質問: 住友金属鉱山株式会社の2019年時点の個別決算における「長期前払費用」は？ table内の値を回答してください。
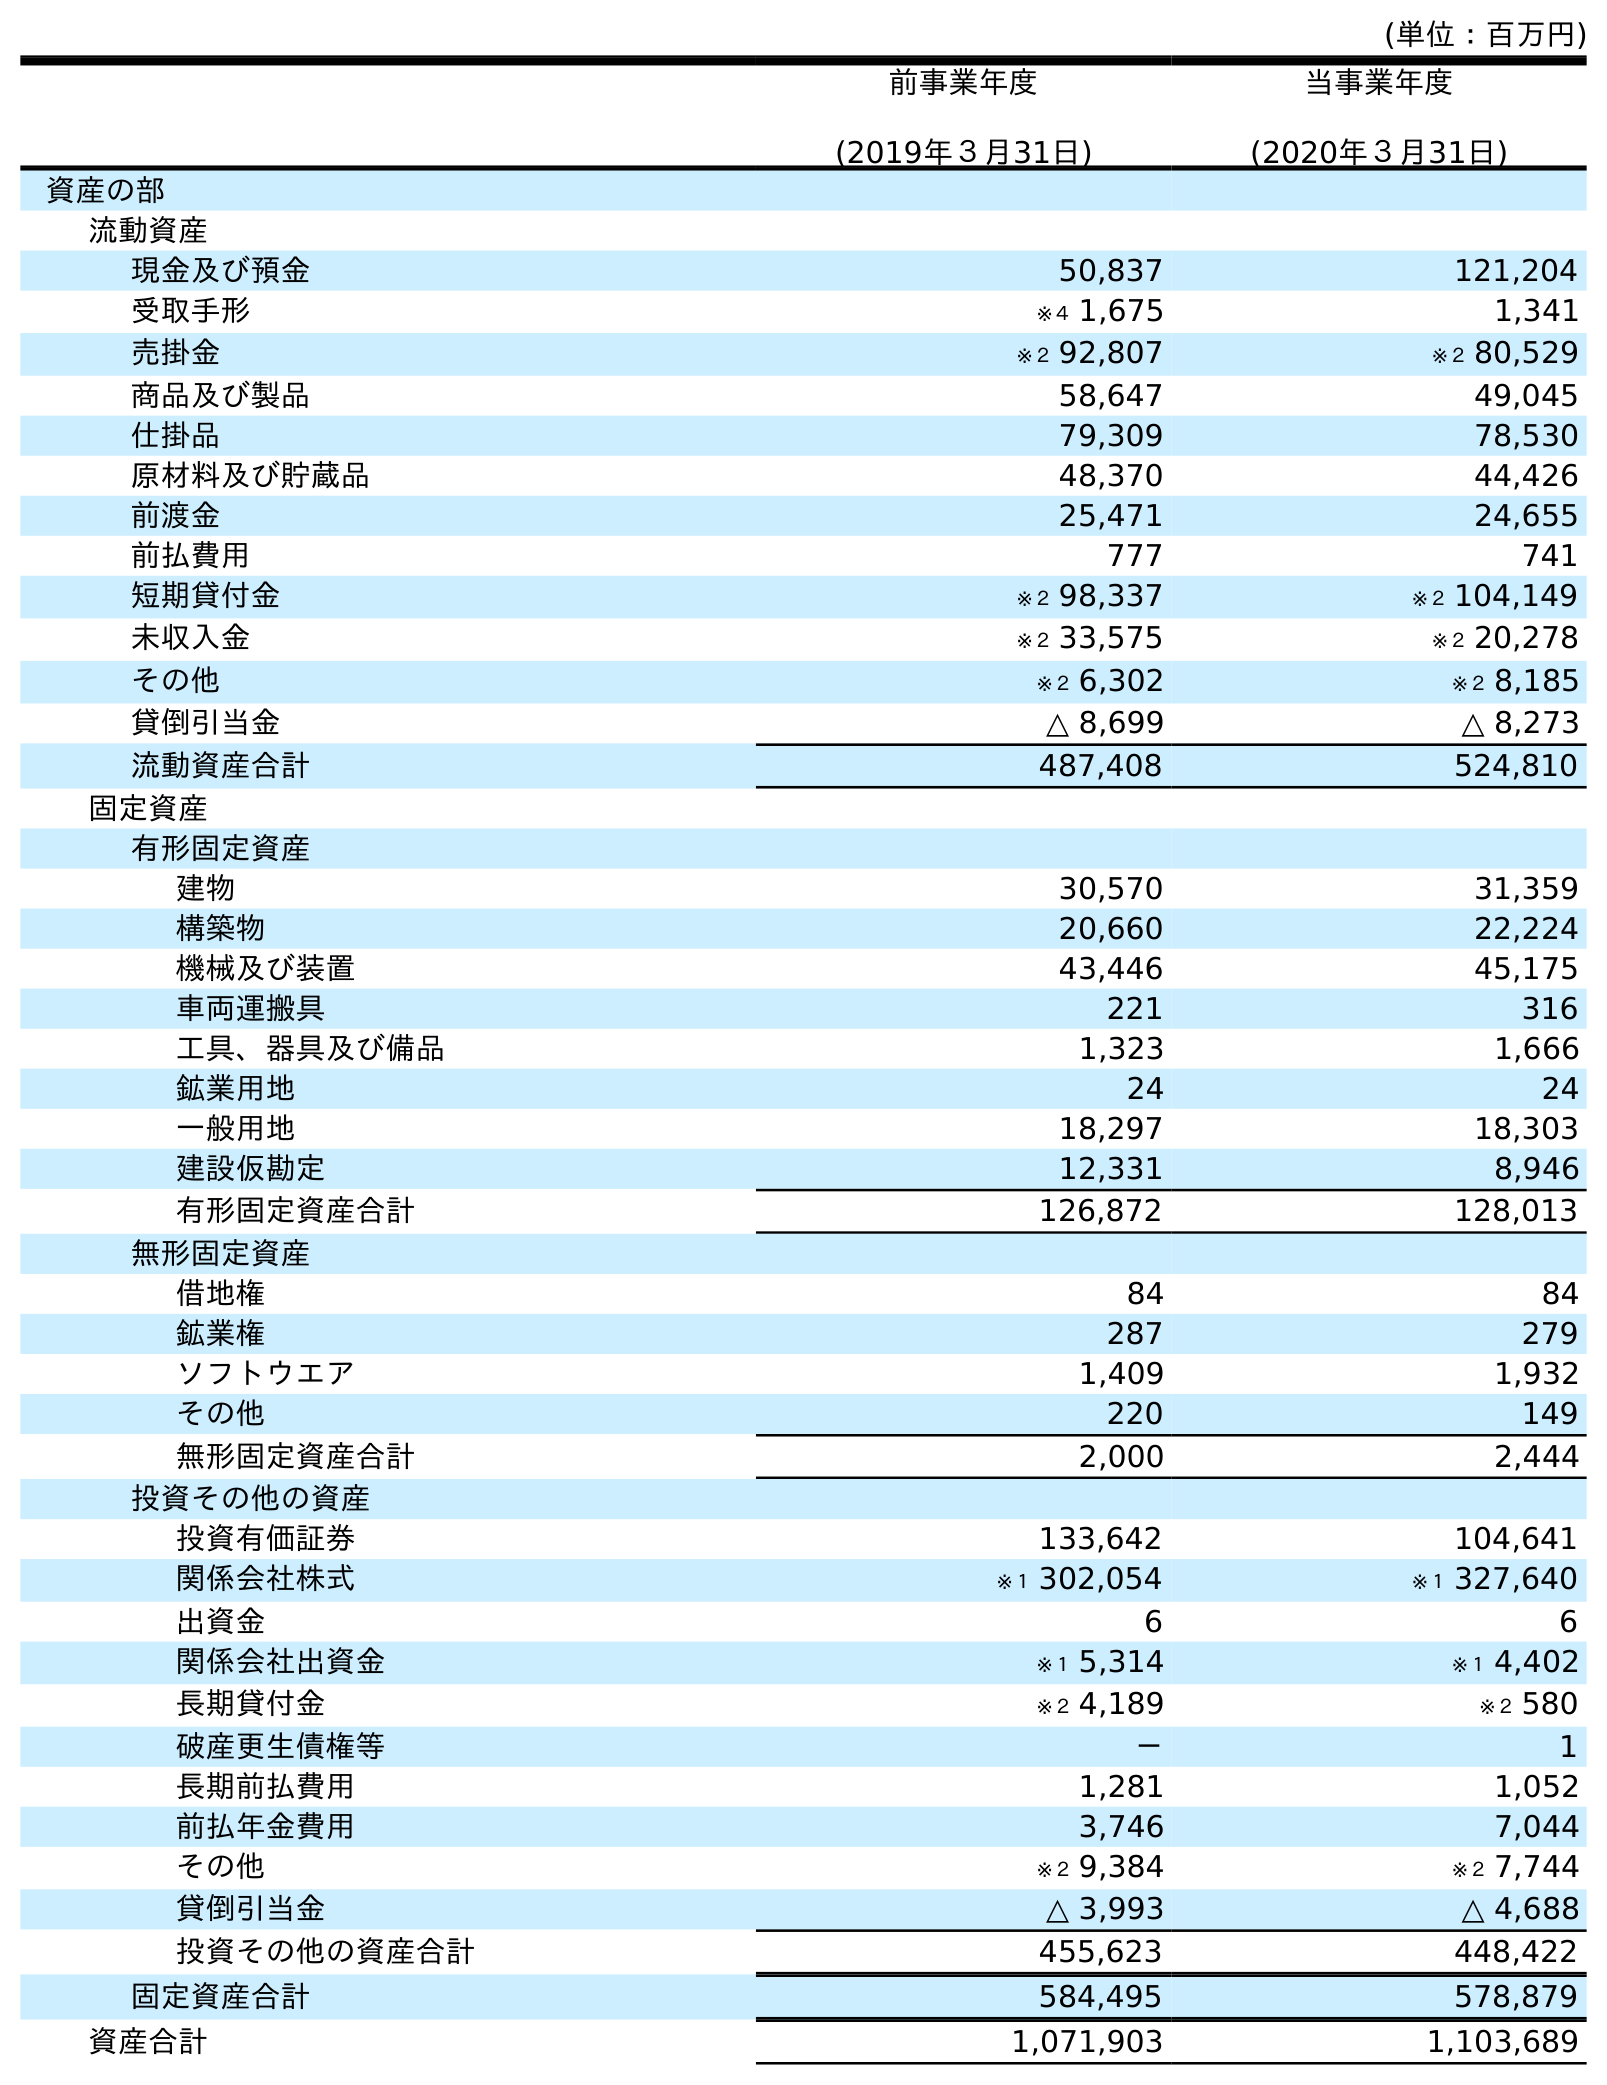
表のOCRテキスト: (単位：百万円) 前事業年度 (2019年３月31日) 当事業年度 (2020年３月31日) 資産の部 流動資産 現金及び預金 50,837 121,204 受取手形 ※４ 1,675 1,341 売掛金 ※２ 92,807 ※２ 80,529 商品及び製品 58,647 49,045 仕掛品 79,309 78,530 原材料及び貯蔵品 48,370 44,426 前渡金 25,471 24,655 前払費用 777 741 短期貸付金 ※２ 98,337 ※２ 104,149 未収入金 ※２ 33,575 ※２ 20,278 その他 ※２ 6,302 ※２ 8,185 貸倒引当金 △ 8,699 △ 8,273 流動資産合計 487,408 524,810 固定資産 有形固定資産 建物 30,570 31,359 構築物 20,660 22,224 機械及び装置 43,446 45,175 車両運搬具 221 316 工具、器具及び備品 1,323 1,666 鉱業用地 24 24 一般用地 18,297 18,303 建設仮勘定 12,331 8,946 有形固定資産合計 126,872 128,013 無形固定資産 借地権 84 84 鉱業権 287 279 ソフトウエア 1,409 1,932 その他 220 149 無形固定資産合計 2,000 2,444 投資その他の資産 投資有価証券 133,642 104,641 関係会社株式 ※１ 302,054 ※１ 327,640 出資金 6 6 関係会社出資金 ※１ 5,314 ※１ 4,402 長期貸付金 ※２ 4,189 ※２ 580 破産更生債権等 － 1 長期前払費用 1,281 1,052 前払年金費用 3,746 7,044 その他 ※２ 9,384 ※２ 7,744 貸倒引当金 △ 3,993 △ 4,688 投資その他の資産合計 455,623 448,422 固定資産合計 584,495 578,879 資産合計 1,071,903 1,103,689
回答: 1,281